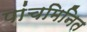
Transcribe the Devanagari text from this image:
पांचमिनित